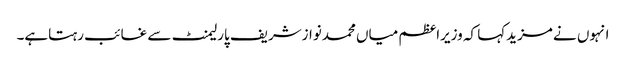
انہوں نے مزیدکہا کہ وزیراعظم میاں محمدنوازشریف پارلیمنٹ سے غائب رہتاہے۔